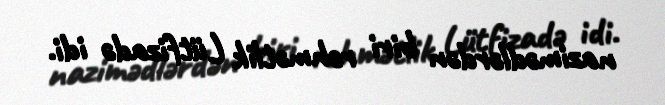
nazimədlərdən biri rəhmətlik Lütfizadə idi.